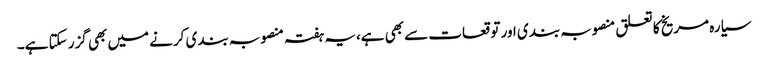
سیارہ مریخ کا تعلق منصوبہ بندی اور توقعات سے بھی ہے،یہ ہفتہ منصوبہ بندی کرنے میں بھی گزر سکتا ہے۔